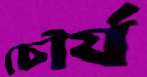
চৌর্য